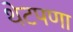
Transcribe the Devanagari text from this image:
थेटपणा